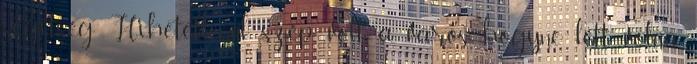
segítség Hihetetlenül szép volt a város, hogyne lett volna